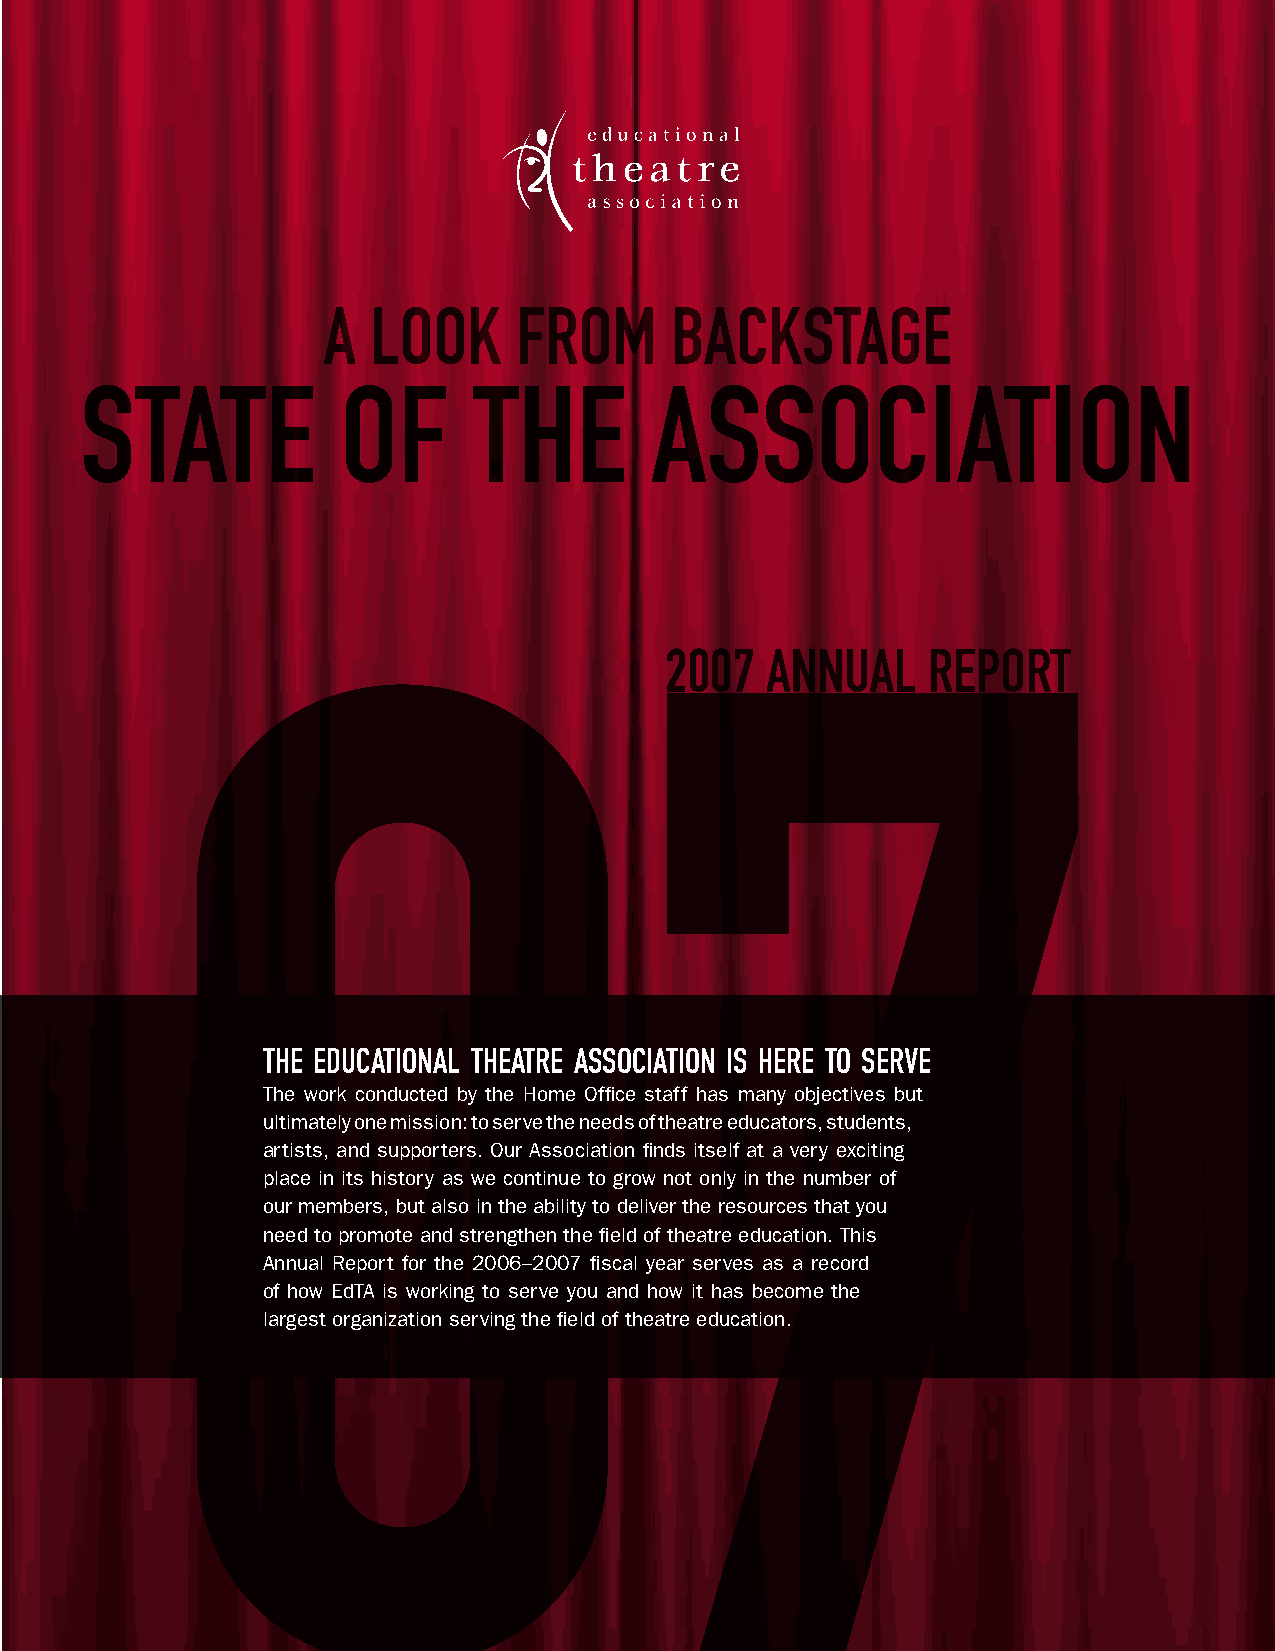
A   LOOK     FROM      BACKSTAGE
 STATE             OF      THE         ASSOCIATION
 07
 2007   ANNUAL    REPORT
 THE EDUCATIONAL THEATRE ASSOCIATION IS HERE TO SERVE
 The work conducted by the Home Office staff has many objectives but
 ultimately one mission: to serve the needs of theatre educators, students,
 artists, and supporters. Our Association finds itself at a very exciting
 place in its history as we continue to grow not only in the number of
 our members, but also in the ability to deliver the resources that you
 need to promote and strengthen the field of theatre education. This
 Annual Report for the 2006–2007 fiscal year serves as a record
 of how EdTA is working to serve you and how it has become the
 largest organization serving the field of theatre education.